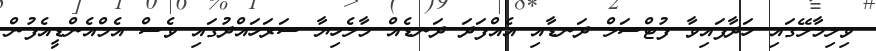
ވިލިމާލޭގައި ހަދާފައިވާ ފުޓްސަލް ދަނޑާއި އެއްފަދަ ދަނޑެއް މާލެހިޔާ ސަރަހައްދުގައި ވެސް އެމްއެންޑީއެފުން